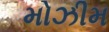
મોઝીમ